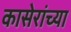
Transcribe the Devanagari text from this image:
कासेरांच्या